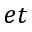
e t